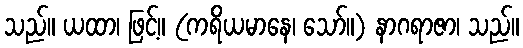
သည်။ ယထာ၊ ဖြင့်။ (ကရိယမာနေ၊ သော်။) နာဂရာဇာ၊ သည်။